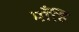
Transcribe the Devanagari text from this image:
माँहि